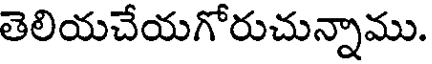
తెలియచేయగోరుచున్నాము.